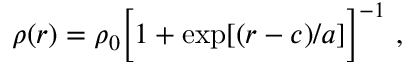
\rho ( r ) = \rho _ { 0 } \Big [ 1 + \exp [ ( r - c ) / a ] \Big ] ^ { - 1 } \ ,